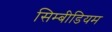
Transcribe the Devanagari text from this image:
सिम्बीडियम